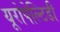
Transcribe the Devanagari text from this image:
यूरोपेल्टिडी